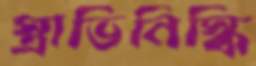
স্ত্রাভিনিস্কি